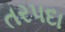
તરપદા